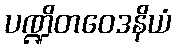
ပဏ္ဍိတဝေဒနိယံ